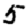
Digit: 5